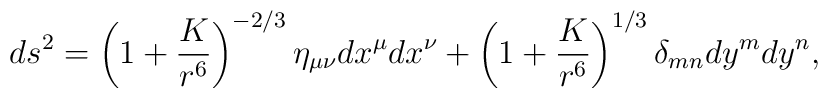
ds^2 = \left( 1 + {K \over r^6} \right)^{-2/3} \eta_{\mu \nu} dx^{\mu} dx^{\nu}+ \left( 1 + {K \over r^6} \right)^{1/3} \delta_{m n} dy^{m} dy^{n},